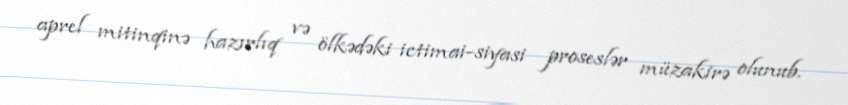
aprel mitinqinə hazırlıq və ölkədəki ictimai-siyasi proseslər müzakirə olunub.